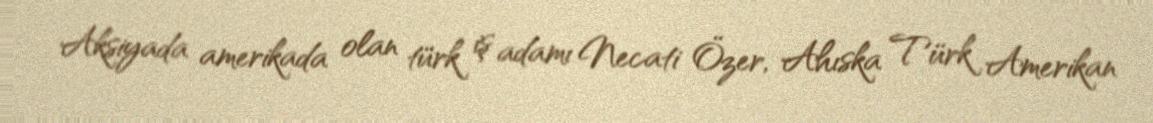
Aksiyada amerikada olan türk iş adamı Necati Özer, Ahıska Türk Amerikan